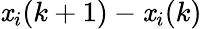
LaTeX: \mathit{x}_{i}(k+1)-\mathit{x}_{i}(k)